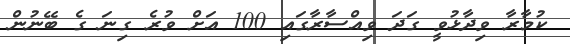
ކުމާރާ ވިދާޅުވީ ގަދަ ވިއްސާރާގައި 100 އަށް ވުރެ ގިނަ ގެ ބޭނުން